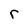
Character: r